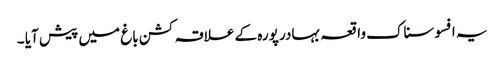
یہ افسوسناک واقعہ بہادر پورہ کے علاقہ کشن باغ میں پیش آیا ۔